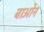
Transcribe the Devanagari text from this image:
बाओन